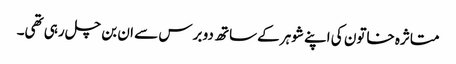
متاثرہ خاتون کی اپنے شوہر کےساتھ دو برس سے ان بن چل رہی تھی۔